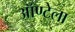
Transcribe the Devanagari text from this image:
ऑण्टेला